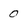
Character: 0